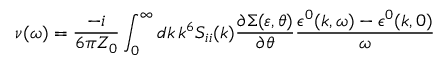
\nu ( \omega ) = \frac { - i } { 6 \pi Z _ { 0 } } \int _ { 0 } ^ { \infty } d k \, k ^ { 6 } S _ { i i } ( k ) \frac { \partial \Sigma ( \varepsilon , \theta ) } { \partial \theta } \frac { \epsilon ^ { 0 } ( k , \omega ) - \epsilon ^ { 0 } ( k , 0 ) } { \omega }